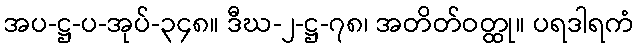
အပ-ဋ္ဌ-ပ-အုပ်-၃၄၈။ ဒီဃ-၂-ဋ္ဌ-၇၈၊ အတိတ်ဝတ္ထု။ ပရဒါရကံ